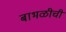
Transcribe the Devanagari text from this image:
बाभळीची